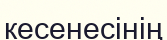
кесенесінің